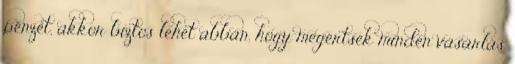
pénzét, akkor biztos lehet abban, hogy megértsék minden vásárlás